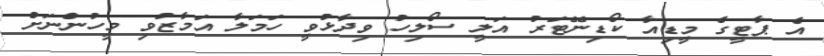
އެ ޕާޓީގެ މީޑިއާ ކޯޑިނޭޓަރު އަލީ ސޯލިހު ވިދާޅުވީ ހަމަލާ އަމާޒުވި މީހުންނަށް